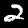
Digit: 2